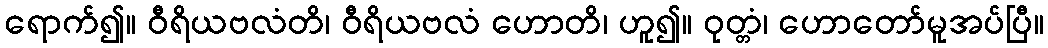
ရောက်၍။ ဝီရိယဗလံတိ၊ ဝီရိယဗလံ ဟောတိ၊ ဟူ၍။ ဝုတ္တံ၊ ဟောတော်မူအပ်ပြီ။